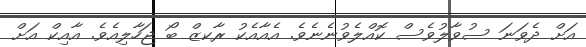
އަށް ދެވަނަ ސުވާލުވެސް ކޮއްލެވުނެނެވެ. އެއާއެކު ރާކޒް ބޯ ޖަހާލިއެވެ. އާއިކް އަށް